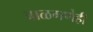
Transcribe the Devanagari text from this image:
बाळगणेही